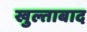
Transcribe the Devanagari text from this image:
खुल्ताबाद